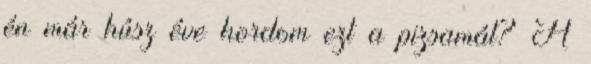
én már húsz éve hordom ezt a pizsamát? A